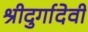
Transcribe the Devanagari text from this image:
श्रीदुर्गादेवी